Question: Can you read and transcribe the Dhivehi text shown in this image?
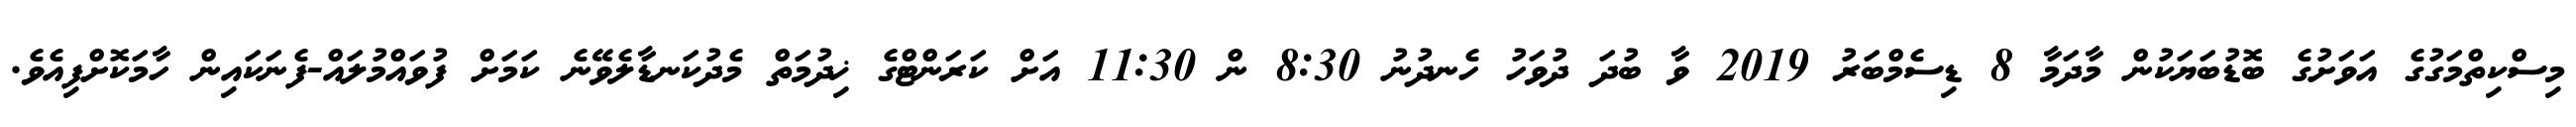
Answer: މިސްކިތްމަގުގެ އަވަށުގެ ބޮޑުބަޔަކުން މާދަމާ 8 ޑިސެމްބަރު 2019 ވާ ބުދަ ދުވަހު ހެނދުނު 8:30 ން 11:30 އަށް ކަރަންޓްގެ ޚިދުމަތް މެދުކަނޑާލެވޭނެ ކަމަށް ފުވައްމުލައް-ފެނަކައިން ހާމަކޮށްފިއެވެ.